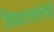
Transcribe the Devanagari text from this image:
विश्‍वासरोधी